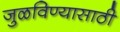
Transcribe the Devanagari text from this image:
जुळविण्यासाठी